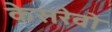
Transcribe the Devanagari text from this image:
केसरेवो